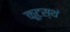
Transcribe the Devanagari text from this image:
कूटस्थं